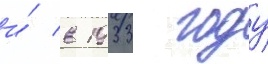
и́ в 1933 году